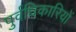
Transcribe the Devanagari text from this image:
पुर्वधिकारियों